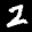
Label: 2